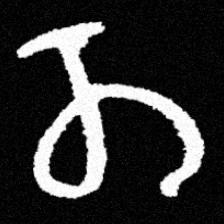
Pyu character \u2014 Myanmar letter: တ (romanized: ta)